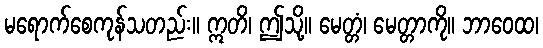
မရောက်စေကုန်သတည်း။ ဣတိ၊ ဤသို့။ မေတ္တံ၊ မေတ္တာကို။ ဘာဝေထ၊